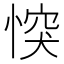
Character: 𢝀